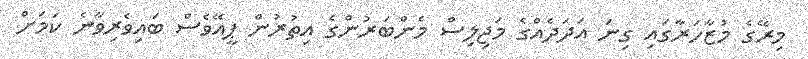
މިރޭގެ މުޒާހަރާގައި ގިނަ އަދަދެއްގެ މަޖިލިސް މެންބަރުންގެ އިތުރުން ޕީއޭވެސް ބައިވެރިވާނެ ކަމަށް